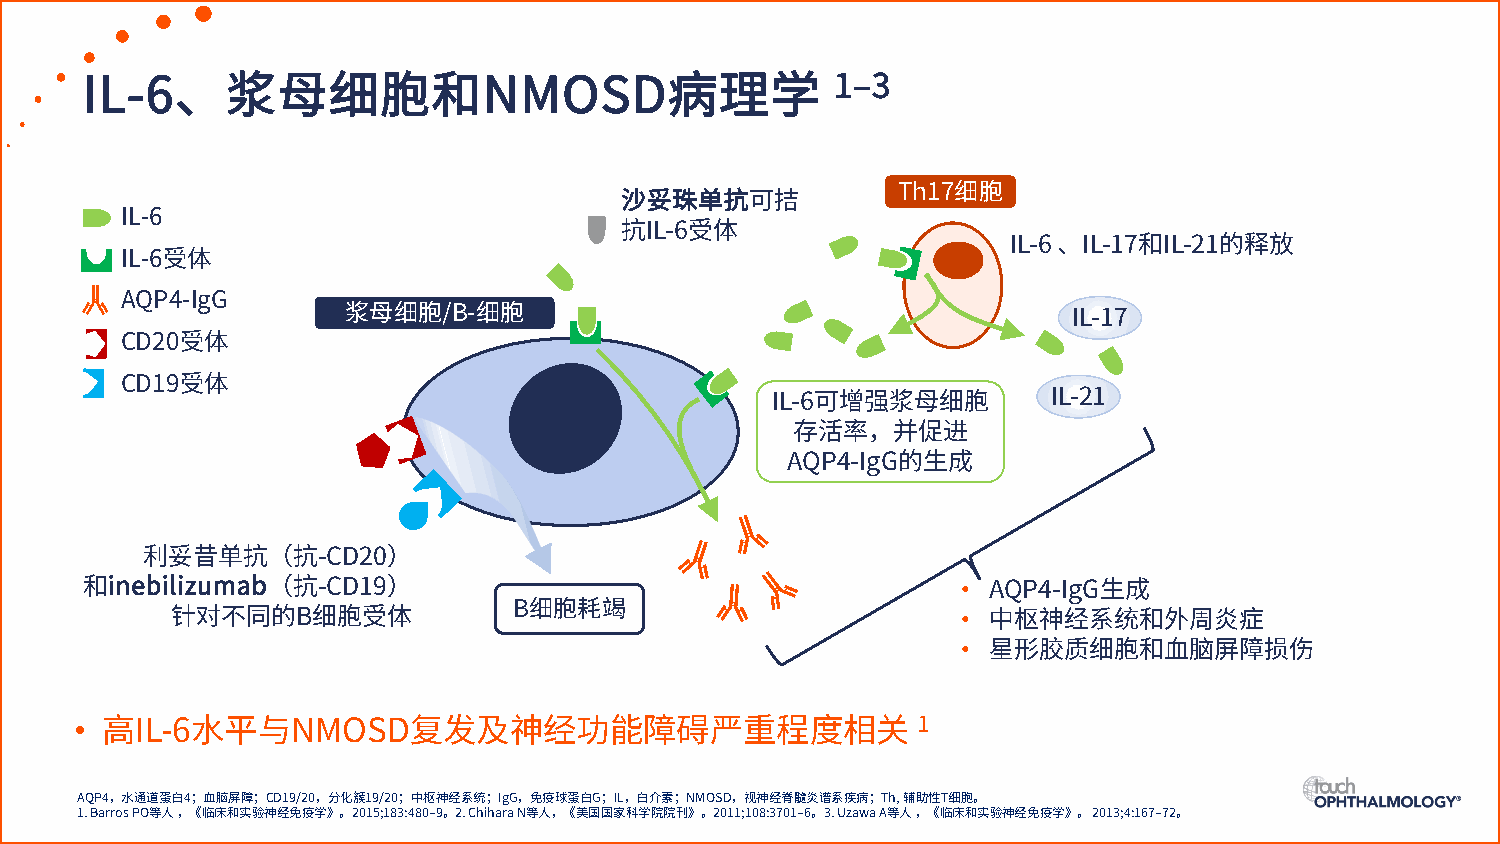
1–3
 IL-6、浆母细胞和NMOSD病理学
 Th17细胞
 沙妥珠单抗可拮
 IL-6
 抗IL-6受体
 IL-6、IL-17和IL-21的释放
 IL-6受体
 AQP4-IgG
 浆母细胞/B-细胞                                       IL-17
 CD20受体
 CD19受体
 IL-6可增强浆母细胞        IL-21
 存活率，并促进
 AQP4-IgG的生成
 利妥昔单抗（抗-CD20）
 •
 和inebilizumab（抗-CD19）                                       AQP4-IgG生成
 •
 B细胞耗竭
 针对不同的B细胞受体                                            中枢神经系统和外周炎症
 •
 星形胶质细胞和血脑屏障损伤
 •
 1
 高IL-6水平与NMOSD复发及神经功能障碍严重程度相关
 AQP4，水通道蛋白4；血脑屏障；CD19/20，分化簇19/20；中枢神经系统；IgG，免疫球蛋白G；IL，白介素；NMOSD，视神经脊髓炎谱系疾病；Th, 辅助性T细胞。
 1. Barros PO等人，《临床和实验神经免疫学》。2015;183:480–9。2. ChiharaN等人，《美国国家科学院院刊》。2011;108:3701–6。3. UzawaA等人，《临床和实验神经免疫学》。2013;4:167–72。